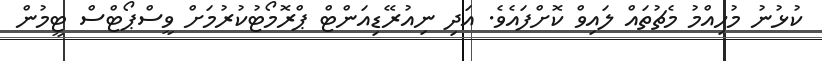
ކުޅުނު މުހިއްމު މެޗުތައް ލައިވް ކޮށްފައެެވެ. އަދި ނިއުރޭޑިއަންޓް ޕްރޮމޯޓުކުރުމަށް ވީސްޕޯޓްސް ޓީމުން